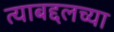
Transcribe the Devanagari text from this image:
त्याबद्दलच्या